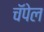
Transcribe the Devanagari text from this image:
चॅपेल